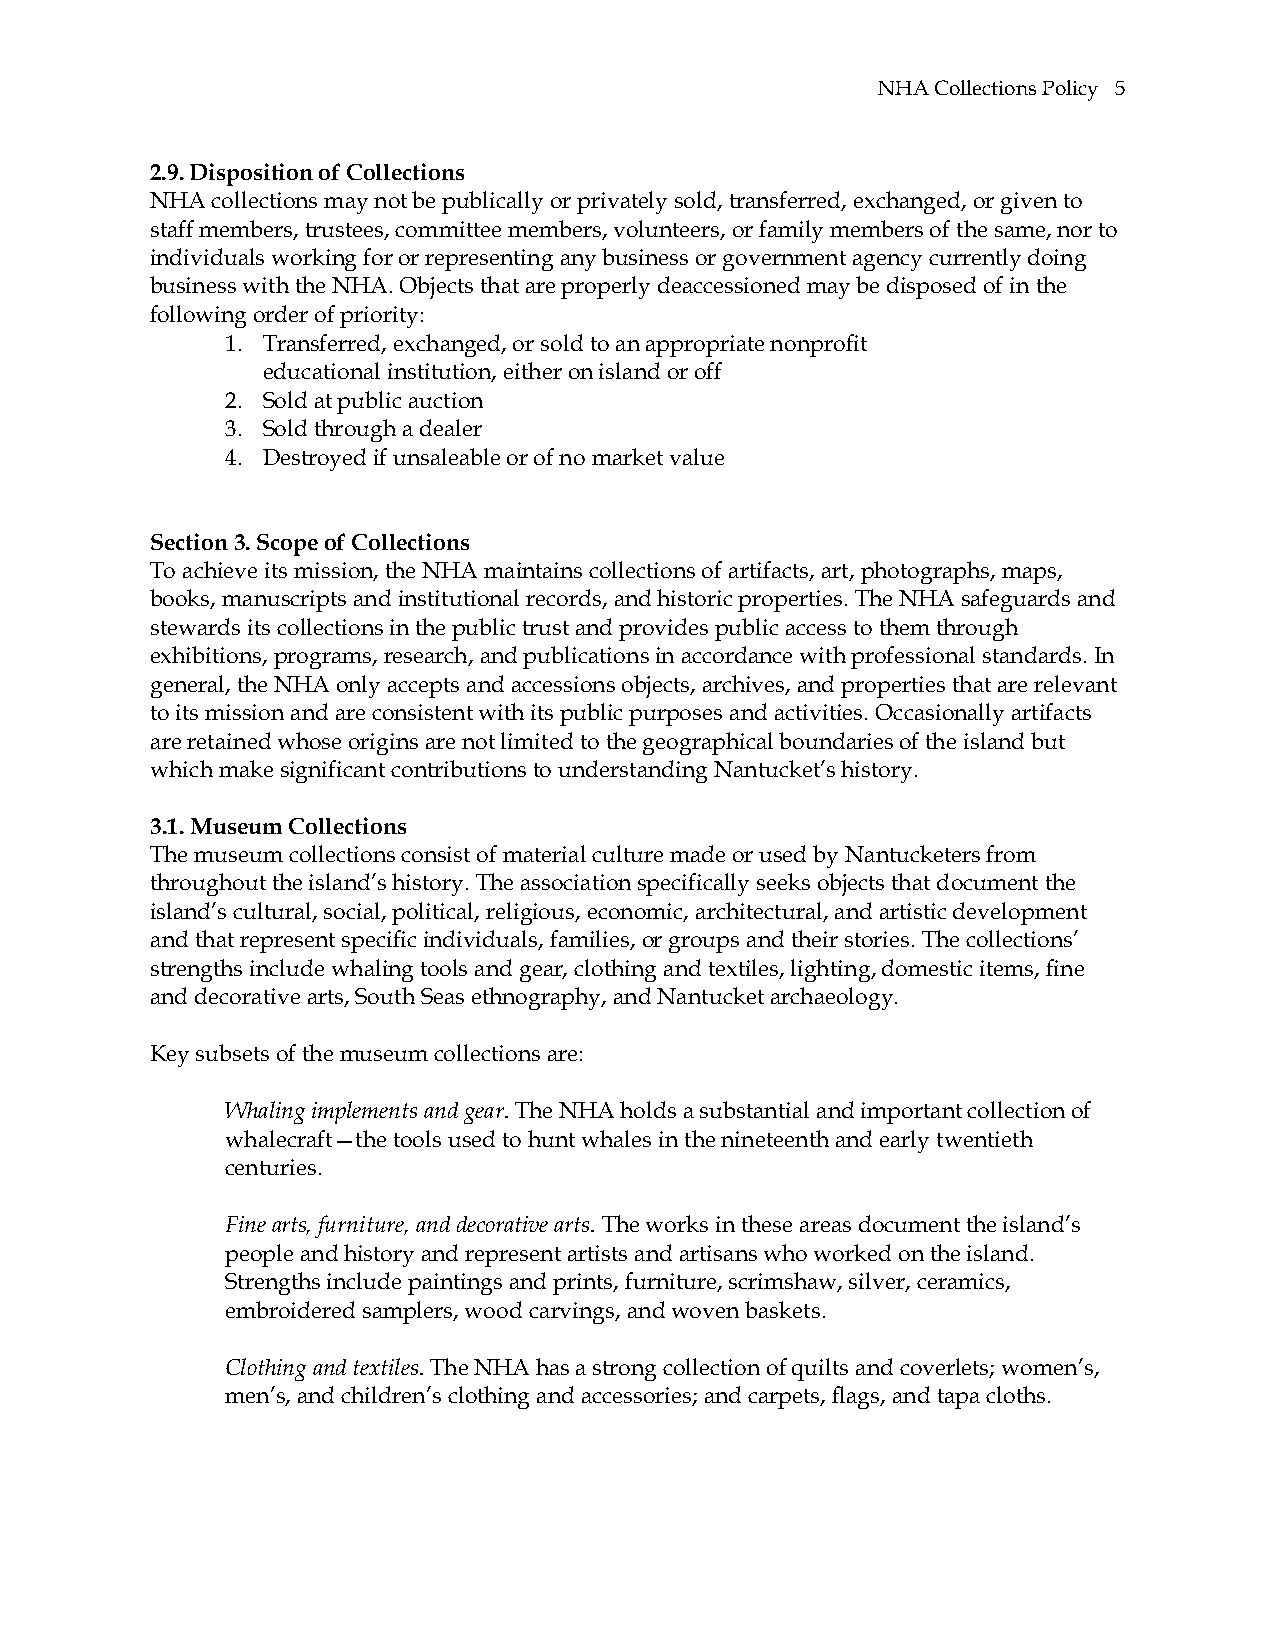
NHA Collections Policy 5
 2.9. Disposition of Collections
 NHA collections may not be publically or privately sold, transferred, exchanged, or given to
 staff members, trustees, committee members, volunteers, or family members of the same, nor to
 individuals working for or representing any business or government agency currently doing
 business with the NHA. Objects that are properly deaccessioned may be disposed of in the
 following order of priority:
 1. Transferred, exchanged, or sold to an appropriate nonprofit
 educational institution, either on island or off
 2. Sold at public auction
 3. Sold through a dealer
 4. Destroyed if unsaleable or of no market value
 Section 3. Scope of Collections
 To achieve its mission, the NHA maintains collections of artifacts, art, photographs, maps,
 books, manuscripts and institutional records, and historic properties. The NHA safeguards and
 stewards its collections in the public trust and provides public access to them through
 exhibitions, programs, research, and publications in accordance with professional standards. In
 general, the NHA only accepts and accessions objects, archives, and properties that are relevant
 to its mission and are consistent with its public purposes and activities. Occasionally artifacts
 are retained whose origins are not limited to the geographical boundaries of the island but
 which make significant contributions to understanding Nantucket’s history.
 3.1. Museum Collections
 The museum collections consist of material culture made or used by Nantucketers from
 throughout the island’s history. The association specifically seeks objects that document the
 island’s cultural, social, political, religious, economic, architectural, and artistic development
 and that represent specific individuals, families, or groups and their stories. The collections’
 strengths include whaling tools and gear, clothing and textiles, lighting, domestic items, fine
 and decorative arts, South Seas ethnography, and Nantucket archaeology.
 Key subsets of the museum collections are:
 Whaling implements and gear. The NHA holds a substantial and important collection of
 whalecraft—the tools used to hunt whales in the nineteenth and early twentieth
 centuries.
 Fine arts, furniture, and decorative arts. The works in these areas document the island’s
 people and history and represent artists and artisans who worked on the island.
 Strengths include paintings and prints, furniture, scrimshaw, silver, ceramics,
 embroidered samplers, wood carvings, and woven baskets.
 Clothing and textiles. The NHA has a strong collection of quilts and coverlets; women’s,
 men’s, and children’s clothing and accessories; and carpets, flags, and tapa cloths.